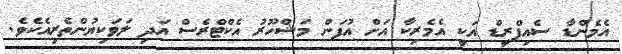
އެމެންޑާ ސެއިފްރީޑް އަކީ އެމެރިކާ އަށް އުފަން މަޝްހޫރު އެކްޓްރެސް އަދި ލަވަކިޔުންތެރިއެކެވެ.